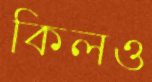
কিলও